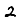
Digit: 2